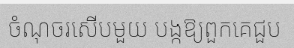
ចំណុចរសើបមួយ បង្កឱ្យពួកគេជួប